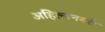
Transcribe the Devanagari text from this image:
अहिल्यनगरी